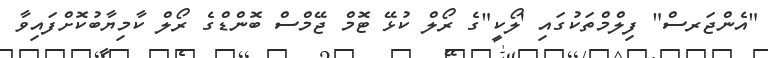
"އެެންޖަރސް" ފިލްމްތަކުގައި 'ލޯކީ"ގެ ރޯލް ކުޅޭ ޓޮމް ޖޭމްސް ބޮންޑްގެ ރޯލް ކާމިޔާބުކޮށްފައިވާ